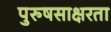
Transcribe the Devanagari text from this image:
पुरुषसाक्षरता